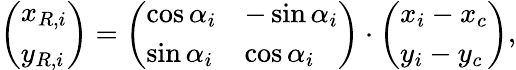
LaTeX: \left(\begin{array}{l}{x_{R,i}}\\ {y_{R,i}}\end{array}\right)=\left(\begin{array}{ll}{\cos{\alpha_{i}}}&{-\sin{\alpha_{i}}}\\ {\sin{\alpha_{i}}}&{\cos{\alpha_{i}}}\end{array}\right)\cdot\left(\begin{array}{l}{x_{i}-x_{c}}\\ {y_{i}-y_{c}}\end{array}\right),